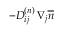
- D _ { i j } ^ { ( n ) } \, \nabla _ { j } \overline { { n } }